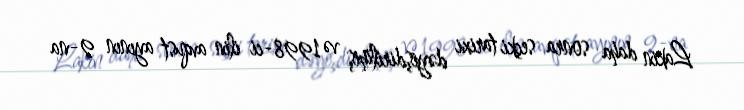
Lakin daha sonra seçki tarixi dəyişdirilmiş və 1998-ci ilin avqust ayının 9-na